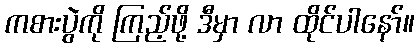
ကစားပွဲကို ကြည့်ဖို့ ဒီမှာ လာ ထိုင်ပါနော်။